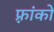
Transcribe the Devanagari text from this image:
फ़्रांको